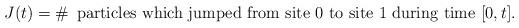
LaTeX: \begin{align*}J(t)=\#\,\textrm{ particles which jumped from site }0\textrm{ to site }1\textrm{ during time }[0,t].\end{align*}